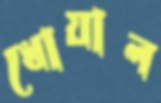
ধোয়াল